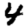
Digit: 4